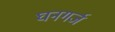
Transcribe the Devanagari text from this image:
घनगर्ज